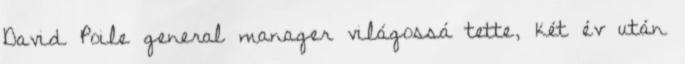
David Poile general manager világossá tette, két év után